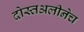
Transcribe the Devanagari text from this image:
दोस्तअलीनेच